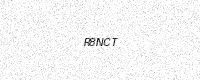
Text: R8NCT